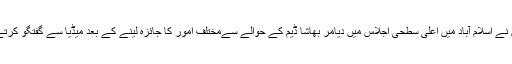
یہ بات انہوں نے اسلام آباد میں اعلیٰ سطحی اجلاس میں دیامر بھاشا ڈیم کے حوالے سےمختلف امور کا جائزہ لینے کے بعد میڈیا سے گفتگو کرتے ہوئےکہی۔